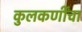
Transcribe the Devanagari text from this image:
कुलकर्णींचा